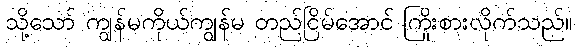
သို့သော် ကျွန်မကိုယ်ကျွန်မ တည်ငြိမ်အောင် ကြိုးစားလိုက်သည်။